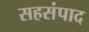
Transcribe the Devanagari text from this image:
सहसंपाद